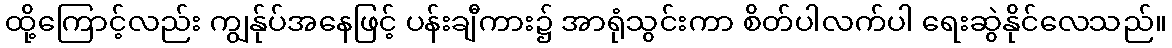
ထို့ကြောင့်လည်း ကျွန်ုပ်အနေဖြင့် ပန်းချီကား၌ အာရုံသွင်းကာ စိတ်ပါလက်ပါ ရေးဆွဲနိုင်လေသည်။